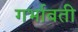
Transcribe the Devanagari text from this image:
गर्भावती